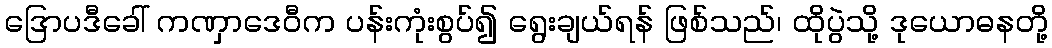
ဒြောပဒီခေါ် ကဏှာဒေဝီက ပန်းကုံးစွပ်၍ ရွေးချယ်ရန် ဖြစ်သည်၊ ထိုပွဲသို့ ဒုယောဓနတို့